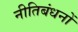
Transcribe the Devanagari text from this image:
नीतिबंधनों